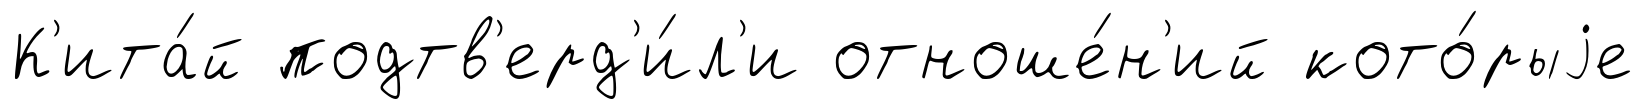
К'ита́й подтв'ерд'и́л'и отноше́н'ий кото́рыjе